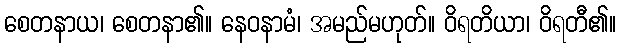
စေတနာယ၊ စေတနာ၏။ နေဝနာမံ၊ အမည်မဟုတ်။ ဝိရတိယာ၊ ဝိရတီ၏။